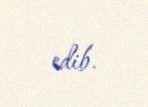
edib.